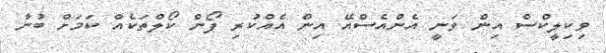
ވިކިލީކްސް އިން ވަނީ އެންއެސްއޭ އިން އެއްކުރި ފޯން ކޯލްތަކެއް ކަމަށް ބުނާ